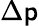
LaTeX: \Delta\mathsf{p}